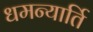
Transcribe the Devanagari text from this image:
धमन्यार्ति